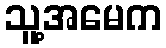
သူ့အမေက